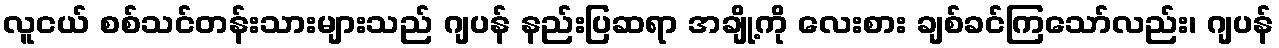
လူငယ် စစ်သင်တန်းသားများသည် ဂျပန် နည်းပြဆရာ အချို့ကို လေးစား ချစ်ခင်ကြသော်လည်း၊ ဂျပန်